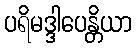
ပရိမဒ္ဒါပေန္တိယာ